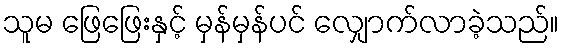
သူမ ဖြေဖြေးနှင့် မှန်မှန်ပင် လျှောက်လာခဲ့သည်။